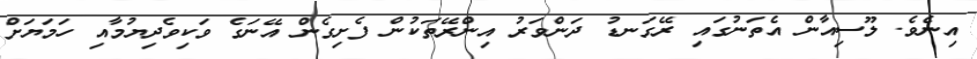
އިނެވެ. ލޫސިއާން އެތަނުގައި ރޭގަނޑު ދަންވަރު އިންރޭތަކުން ފެށިގެން އޭނަގެ ވަކިވެދިޔުމާއި ހަމަޔަށް